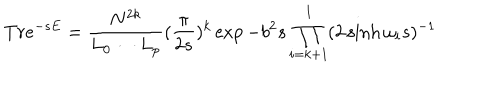
LaTeX: T r e ^ { - s E } = \frac { N ^ { 2 k } } { L _ { 0 } \cdots L _ { p } } ( \frac { \pi } { 2 s } ) ^ { k } \exp { - b ^ { 2 } s } \prod _ { i = k + 1 } ^ { l } ( 2 \sinh \omega _ { i } s ) ^ { - 1 }